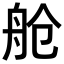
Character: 舱